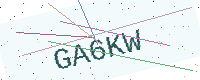
Text: GA6KW